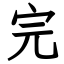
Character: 完